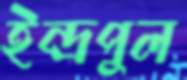
ইন্দ্রপুল